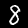
Digit: 8